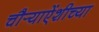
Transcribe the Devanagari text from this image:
चौर्‍याऐंशीच्या